Vaccination in Bombay 1913-1923 - 1913-1923
Year: 1913
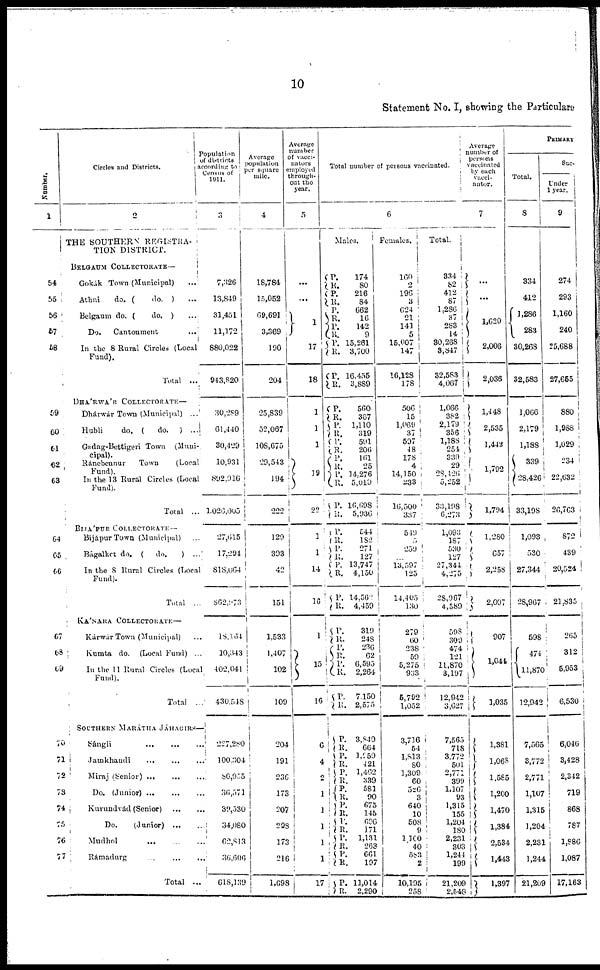
10
Statement No. I, showing the Particulars
Number.
1
54
55
56
57
58
59
60
61
62
63
64
65
66
67
68
69
70
71
72
73
74
75
76
77
Circles and Districts.
2
THE SOUTHERN REGISTRA-
TION DISTRICT.
BELGAUM COLLECTORATE—
Gokák Town (Municipal)
...
Athni
do. (
do. ) ...
Belgaum do. (
do. ) ...
Do.
Cantonment
...
In the 8 Rural Circles (Local
Fund).
Total
...
DHÁRWÁR COLLECTORATE—
Dhárwár Town (Municipal) ...
Hubli
do. (
do. ) ...
Gadag.Bettigeri Town (Muni-
cipal ) .
Ránebennur Town (Local
Fund ) .
In the 13 Rural Circles (Local
Fund).
Total ...
BIJÁPUR COLLECTORATE —
Bijápur Town (Municipal) ...
Bágalkot do. ( do.
) ...
In the 8 Rural Circles (Local
Fund).
Total ...
KÁNARA COLLECTORATE—
Kárwár Town (Municipal) ...
Kumta do. (Local Fund) ...
In the 11 Rural Circles (Local
Fund).
Total ...
SOUTHERN MARÁTHA JÁHAGIRS—
Sángli
...
...
...
Jamkhandi ... ... ...
Miraj (Senior)
...
...
...
Do. (Junior)
...
...
...
Kurundvád (Senior) ... ... ...
Do.
(Junior) ... ... ...
Mudhol ... ... ...
Rámadurg
...
...
...
Total ...
Population
of districts
according to
Census of
1911.
3
7,326
13,849
31,451
11,172
880,022
943,820
30,289
61,440
30,429
10,931
892,916
1,026,005
27,615
17,294
818,064
862,973
18,164
10,343
402,041
430,548
227,280
100,304
80,955
36, 571
39,530
34,080
62,813
36,606
618,139
Average
population
per square
mile.
4
18,784
15,052
69,691
3,369
190
204
25,839
52,067
108,675
29,543
194
222
129
393
42
151
1,533
1,407
102
109
204
191
236
173
207
298
173
216
1,698
Average
number
of vacci-
nators
employed
through
out the
year.
5
...
...
1
17
18
1
1
1
19
22
1
1
14
16
1
15
16
6
4
2
1
1
1
1
17
Total number of persons vaccinated.
6
Males.
P.
R.
P.
R.
P.
R.
P.
R.
P.
R.
P.
R.
P.
R.
P.
R.
P.
R.
P.
R. P.
R.
P.
R.
P.
R.
P.
R.
P.
R.
P.
R.
P.
R.
P.
R.
P.
R.
P.
R.
174
80
216
84
662
16
142
9
15,261
3,700
16,455
3,889
560
367
1,110
319
591
206
161
25
14,276
5,019
16,698
5,936
544
182
271
127
13,747
4,150
14,562
4,459
319
248
236
62
6,595
2,264
7,150
2,575
P.
R.
P.
R.
P. R.
P.
R.
P.
R.
P.
R.
P.
R.
P.
R.
P.
R.
3,849
664
1,959
421
1,462
339
581
90
675
145
696
171
1,131
263
661
197
11,014
2,290
Females.
160
2
196
3
624
21
141
5
15,007
147
16,128
178
506
15
1,069
37
597
48
178
4
14,150
233
16,500
337
5.49
5
259
...
13,597
125
14,405
130
279
60
238
59
5,275
933
5,792
1,052
3,716
54
1,813
80
1,309
60
526
3
640
10
508
9
1,100
40
583
2
10,195
258
Total.
334
82
412
87
1,286
37
283
14
30,268
3,847
32,583
4,067
1,066
382
2,179
356
1,188
254
339
29
28,426
5,252
33,198
6,273
1,093
187
530
127
27,344
4,275
28,967
4,589
598
309
474
121
11,870
3,197
12,942
3,627
7,565
718
3,772
501
2,771
399
1,107
93
1,315
155
1,204
180
2,231
303
1,244
199
21,209
2,548
Average
number of
persons
vaccinated
by each
vacci-
nator.
7
...
...
1,620
2,006
2,036
1,448
2,535
1,442
1,792
1,794
1,280
657
2,258
2,097
907
1,044
1,035
1,381
1,068
1,585
1,200
1,470
1,384
2,534
1,443
1,397
PRIMARY
Total.
8
334
412
1,286
283
30,268
32,583
1,066
2,179
1,188
339
28,426
33,198
1,093
530
27,344
28,967
598
474
11,870
12,942
7,565
3,772
2,771
1,107
1,315
1,204
2,231
1,244
21,209
Suc
Under
1 year.
9
274
293
1,160
240
25,688
27,655
880
1,988
1,029
234
22,632
26,763
872
439
20,524
21,835
265
312
5,953
6,530
6,046
3,428
2,342
719
868
787
1,886
1,087
17,163